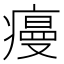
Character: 𭼡